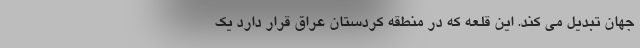
جهان تبدیل می کند. این قلعه که در منطقه کردستان عراق قرار دارد یک